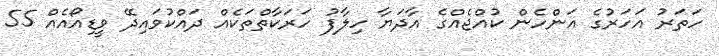
ހަތަރު އަހަރުގެ އަންހެން ކުއްޖެއްގެ އާދަޔާ ހިލާފު ހަރަކާތްތަކެއް ދައްކުވައިދޭ ވީޑިއޯއެއް 55